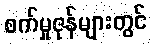
စက်မှုဇုန်များတွင်